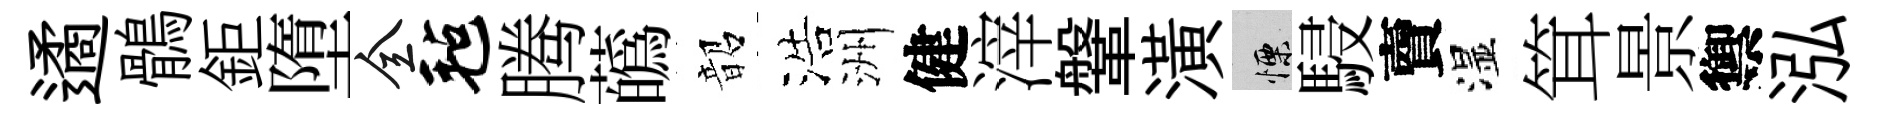
遹鶻鉅墮全毡腾蘤韶浩洲健滓鞶潢慄駸𧶠湿䇯景禦泓